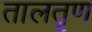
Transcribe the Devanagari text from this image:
तालतृण